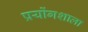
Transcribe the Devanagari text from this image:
प्रयोंगशाला